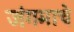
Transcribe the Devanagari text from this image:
जंगमाचे